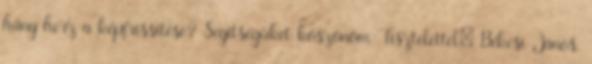
hány herz a képfrissítése? Segítségüket köszönöm. Tisztelettel: Békési János.